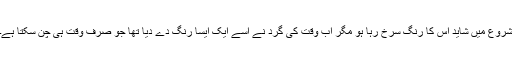
شروع میں شاید اس کا رنگ سرخ رہا ہو مگر اب وقت کی گرد نے اسے ایک ایسا رنگ دے دیا تھا جو صرف وقت ہی چن سکتا ہے۔